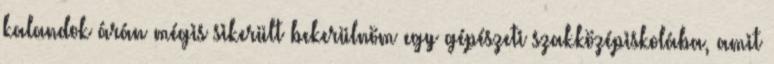
kalandok árán mégis sikerült bekerülnöm egy gépészeti szakközépiskolába, amit